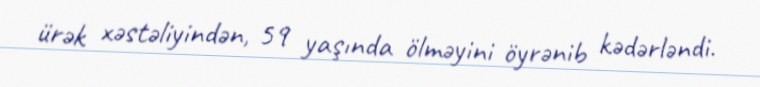
ürək xəstəliyindən, 59 yaşında ölməyini öyrənib kədərləndi.